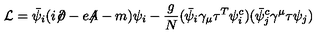
{ \cal L } = \bar { \psi } _ { i } ( i { \not \! \partial } - e { \not \! \! A } - m ) \psi _ { i } - \frac { g } { N } ( \bar { \psi } _ { i } \gamma _ { \mu } \tau ^ { T } \psi _ { i } ^ { c } ) ( \bar { \psi } _ { j } ^ { c } \gamma ^ { \mu } \tau \psi _ { j } )